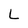
Character: L